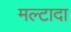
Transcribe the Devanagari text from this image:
मल्टादा